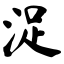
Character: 浞